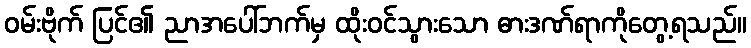
ဝမ်းဗိုက် ပြင်၏ ညာအပေါ်ဘက်မှ ထိုးဝင်သွားသော ဓားဒဏ်ရာကိုတွေ့ရသည်။